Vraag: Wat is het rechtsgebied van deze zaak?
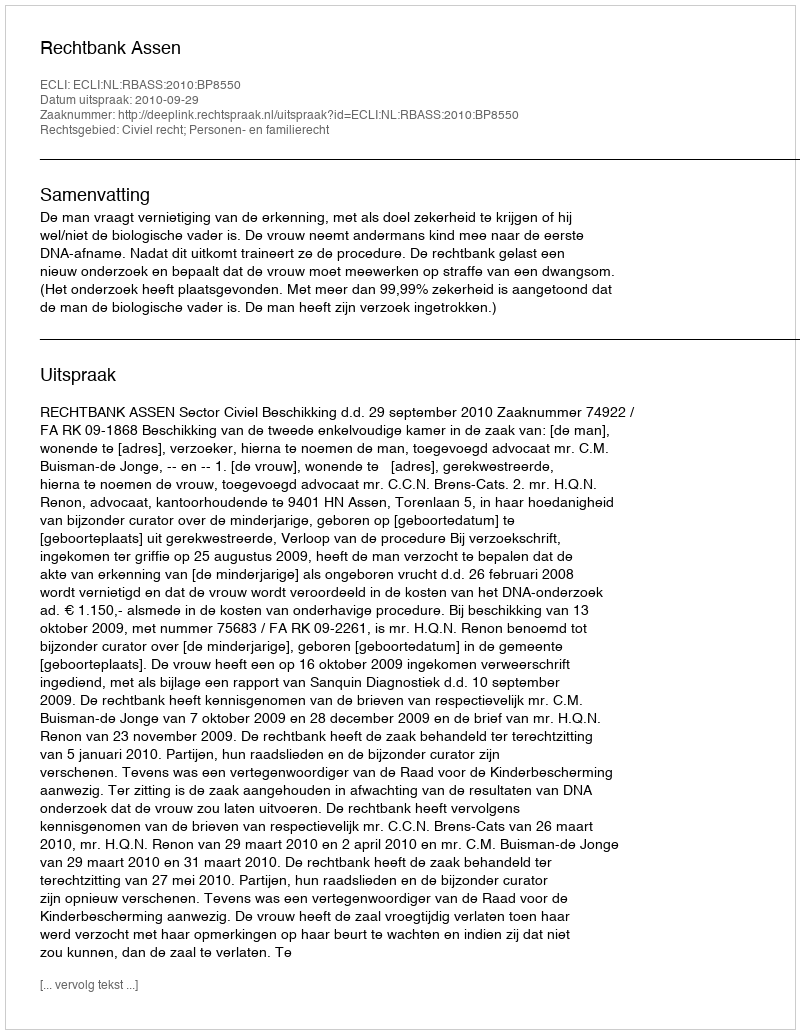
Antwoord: Civiel recht; Personen- en familierecht